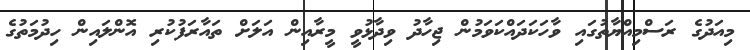
މިއަދުގެ ރަސްމިއްޔާތުގައި ވާހަކަދައްކަވަމުން ޖިހާދު ވިދާޅުވީ މީރާއިން އަލަށް ތައާރަފުކުރި އޮންލައިން ހިދުމަތުގެ